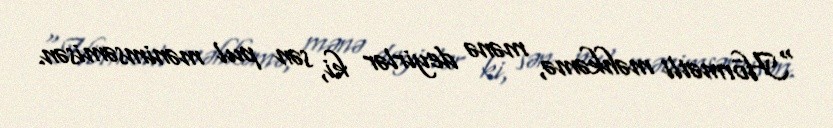
“Hörmətli məhkəmə, mənə deyirlər ki, sən pul mənimsəmisən.